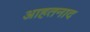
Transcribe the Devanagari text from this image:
आहतनाद